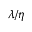
\lambda / \eta